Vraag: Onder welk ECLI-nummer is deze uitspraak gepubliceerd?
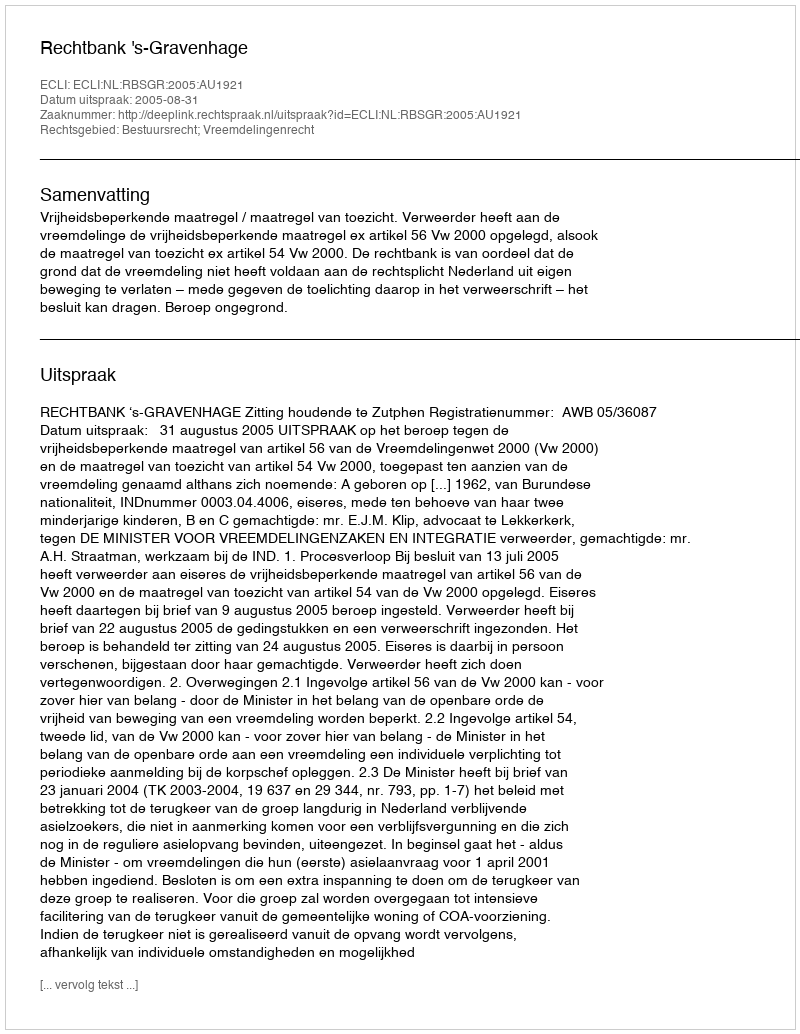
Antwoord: ECLI:NL:RBSGR:2005:AU1921